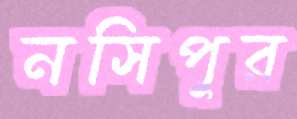
নসিপুর